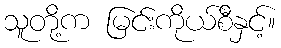
သူတို့က မြင်းကိုယ်စီနှင့်။